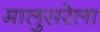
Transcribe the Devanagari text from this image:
मालुसरेला